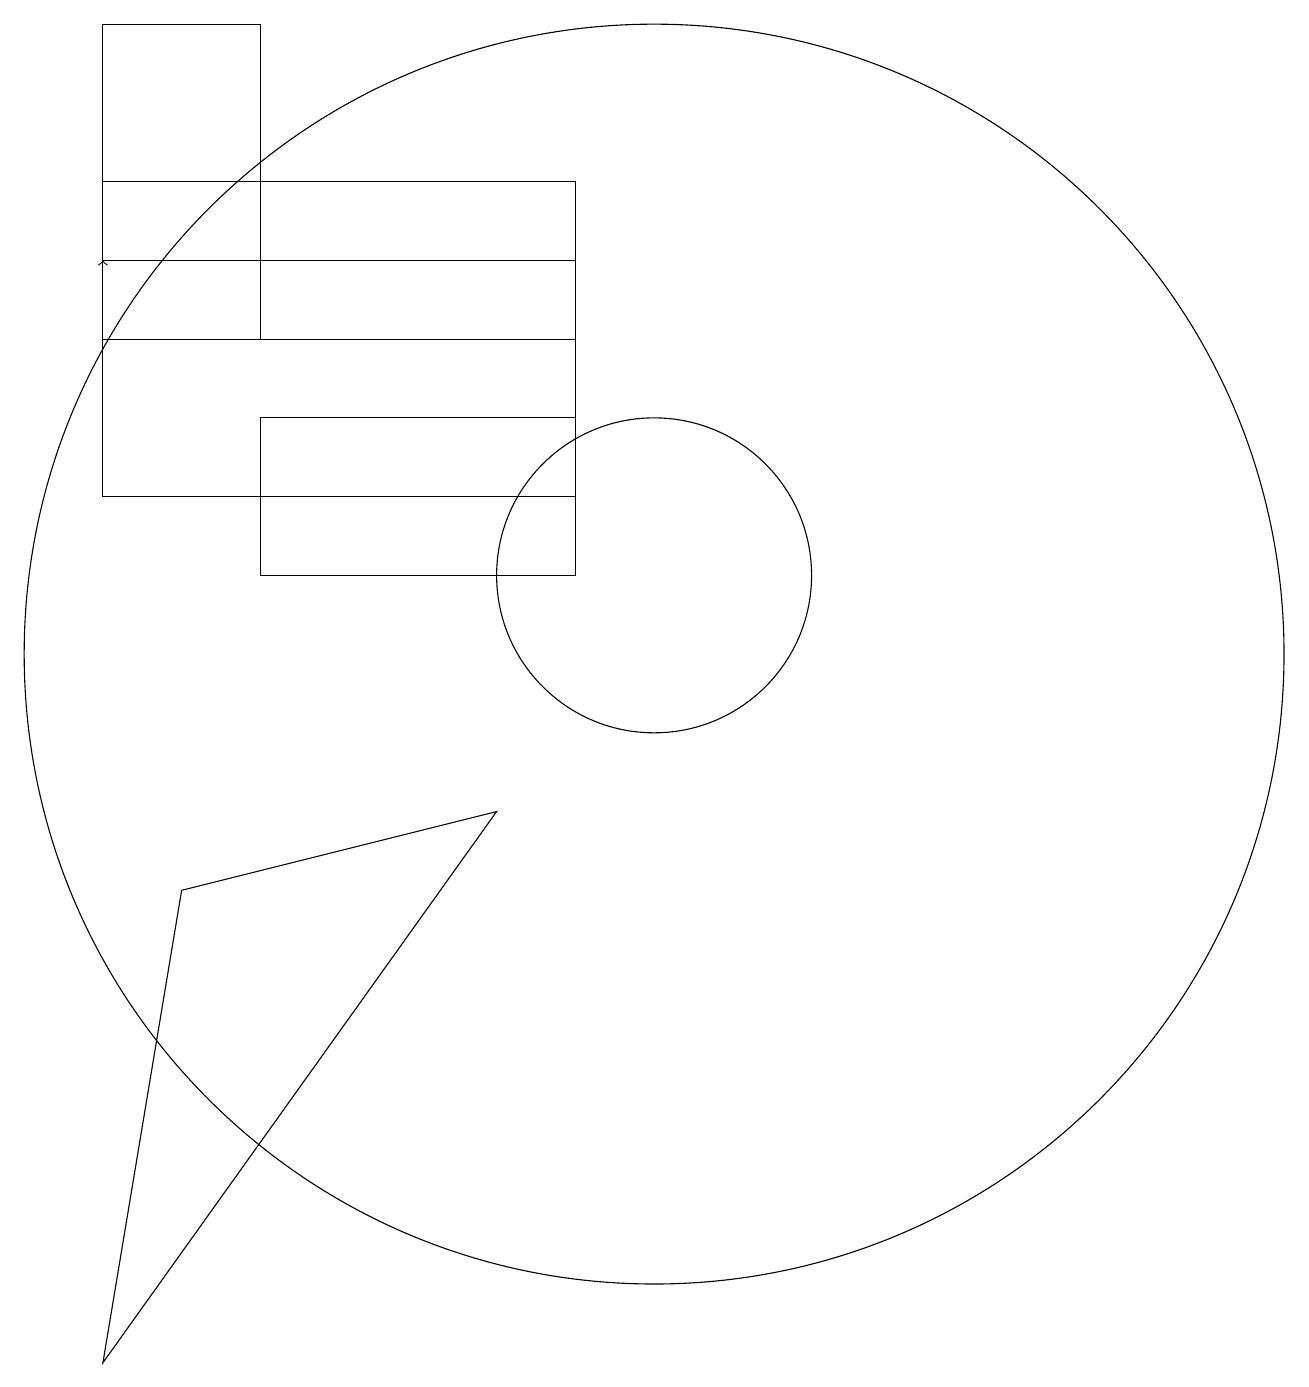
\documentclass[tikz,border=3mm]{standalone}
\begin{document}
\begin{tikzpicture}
\draw (3,18) rectangle (5,14);
\draw (9,15) rectangle (3,14);
\draw (10,11) circle (2);
\draw (10,10) circle (8);
\draw (9,16) rectangle (3,12);
\draw (4,7) -- (3,1) -- (8,8) -- cycle;
\draw[->] (3,14) -- (3,15);
\draw (9,13) rectangle (5,11);
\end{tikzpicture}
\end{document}